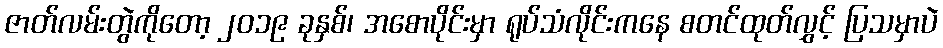
ဇာတ်လမ်းတွဲကိုတော့ ၂၀၁၉ ခုနှစ်၊ အစောပိုင်းမှာ ရုပ်သံလိုင်းကနေ စတင်ထုတ်လွှင့် ပြသမှာပဲ